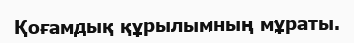
Қоғамдық құрылымның мұраты.